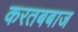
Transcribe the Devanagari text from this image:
करतबबाज